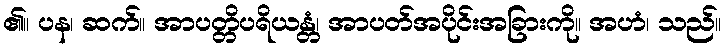
၏။ ပန၊ ဆက်။ အာပတ္တိပရိယန္တံ၊ အာပတ်အပိုင်းအခြားကို။ အဟံ၊ သည်။